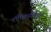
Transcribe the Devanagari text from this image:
शक्तिरूपिणी